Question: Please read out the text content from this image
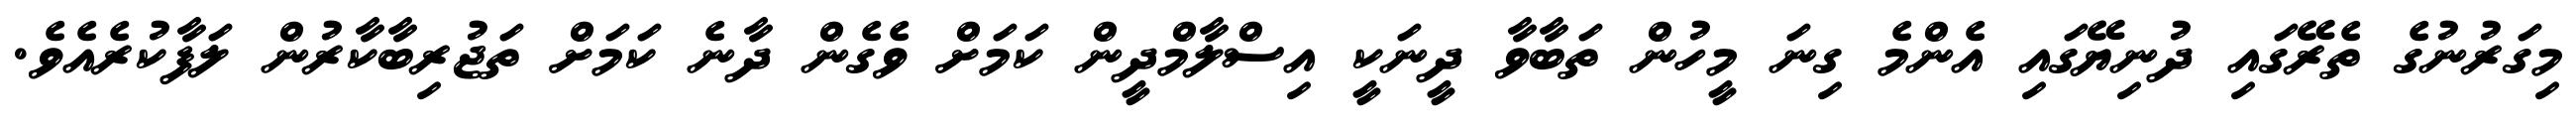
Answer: މިގަރުނުގެ ތެރޭގައި ދުނިޔޭގައި އެންމެ ގިނަ މީހުން ތަބާވާ ދީނަކީ އިސްލާމްދީން ކަމަށް ވެގެން ދާނެ ކަމަށް ތަޖުރިބާކާރުން ލަފާކުރެއެވެ.